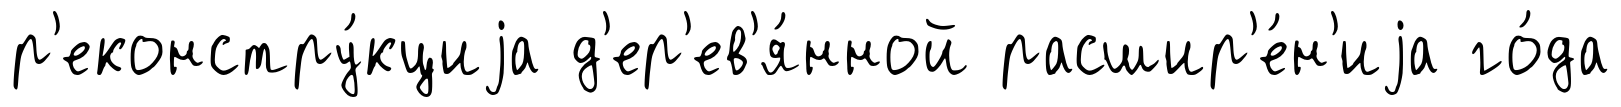
р'еконстру́кциjа д'ер'ев'я́нной расшир'е́н'иjа го́да